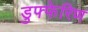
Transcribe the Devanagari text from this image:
डुफ्फेरिण